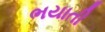
ભયાતી